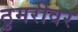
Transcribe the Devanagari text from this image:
ठुमरीवर